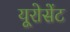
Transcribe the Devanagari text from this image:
यूरोसेंट